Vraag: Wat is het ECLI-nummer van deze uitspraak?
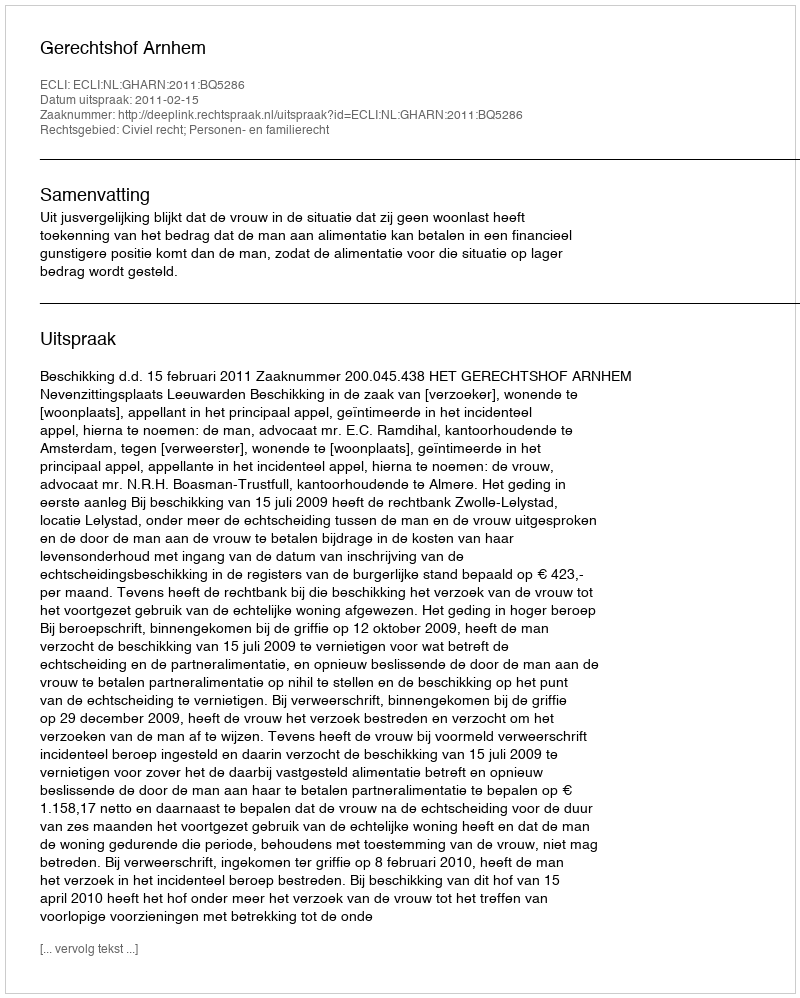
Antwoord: ECLI:NL:GHARN:2011:BQ5286